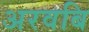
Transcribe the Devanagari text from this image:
अरवबि